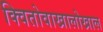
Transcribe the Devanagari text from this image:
क्वितोवाखालोखाल